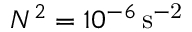
N ^ { 2 } = 1 0 ^ { - 6 } \, \mathrm { { s ^ { - 2 } } }